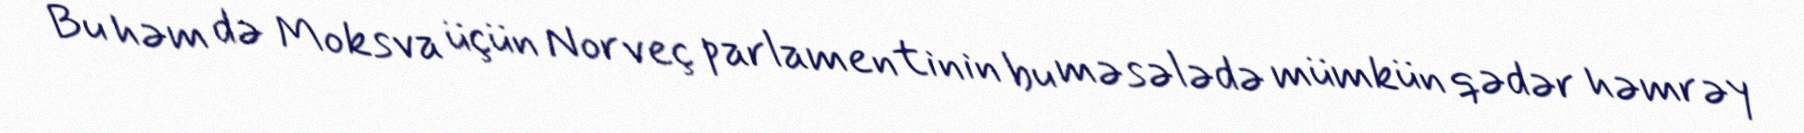
Bu həm də Moksva üçün Norveç parlamentinin bu məsələdə mümkün qədər həmrəy